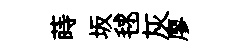
蒔坂毬灰廖